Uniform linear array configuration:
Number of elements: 12
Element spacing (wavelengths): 0.75
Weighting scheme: binomial
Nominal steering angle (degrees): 30
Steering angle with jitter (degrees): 28.19
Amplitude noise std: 0.05
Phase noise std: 0.05

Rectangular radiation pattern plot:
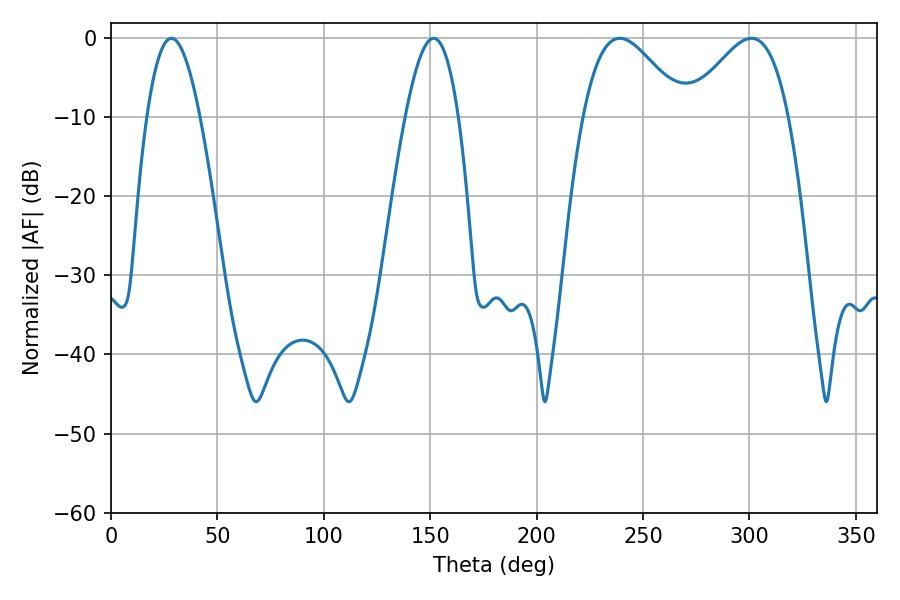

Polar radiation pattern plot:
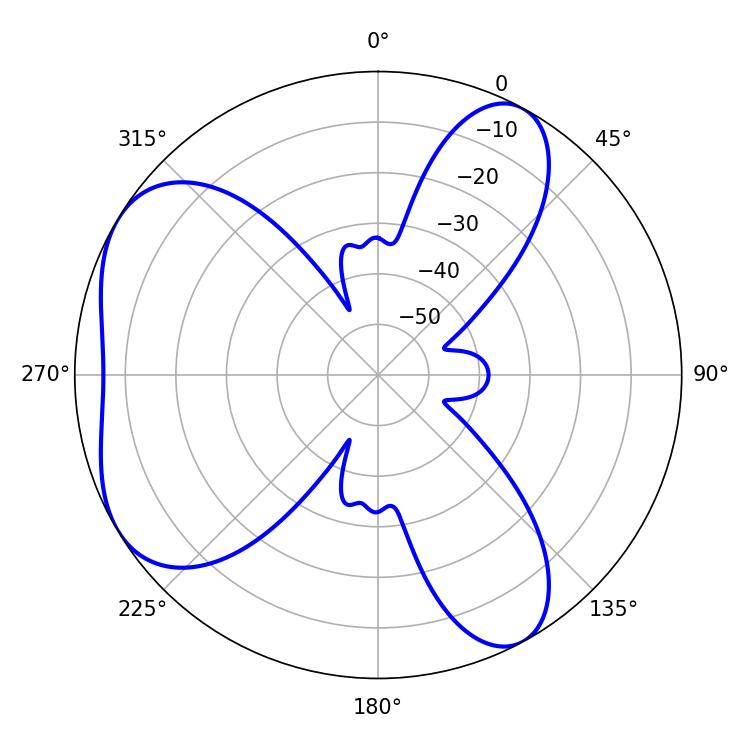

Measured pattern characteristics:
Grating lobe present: TRUE
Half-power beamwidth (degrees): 25.38
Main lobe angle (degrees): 239.04